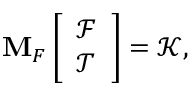
\mathbf { M } _ { F } \left[ \begin{array} { l } { \boldsymbol { \mathcal { F } } } \\ { \boldsymbol { \mathcal { T } } } \end{array} \right] = \boldsymbol { \mathcal { K } } ,